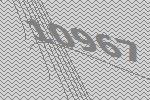
10967